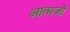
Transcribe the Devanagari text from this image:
आत्मजों